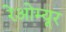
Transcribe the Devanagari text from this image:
रेओम्यूर